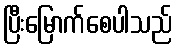
ပြီးမြောက်စေပါသည်